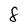
Character: 8